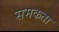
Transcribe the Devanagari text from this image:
समकता